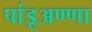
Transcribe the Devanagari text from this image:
पांडूअण्णा